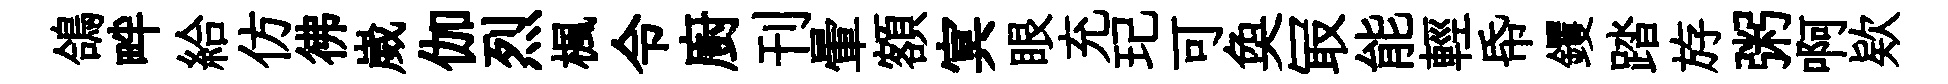
鴿畔給仿彿崴伽烈楓令廚刊暈額㝠眼充玘可奐冣能輕帋钁踏斿粥啊欵